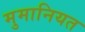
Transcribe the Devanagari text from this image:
मुमानियत